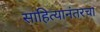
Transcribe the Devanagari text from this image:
साहित्यानंतरचा